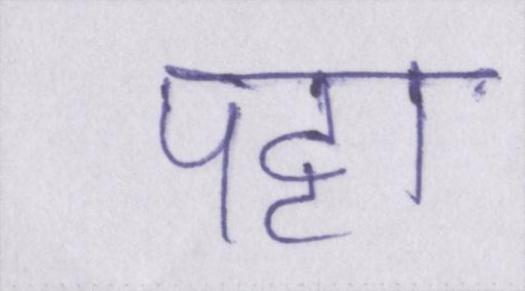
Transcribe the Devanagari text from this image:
पट्टा